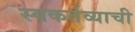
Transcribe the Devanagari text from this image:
स्वकर्तव्याची